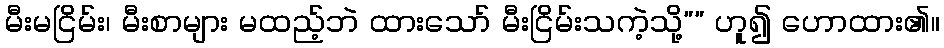
မီးမငြိမ်း၊ မီးစာများ မထည့်ဘဲ ထားသော် မီးငြိမ်းသကဲ့သို့”” ဟူ၍ ဟောထား၏။